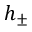
h _ { \pm }